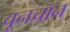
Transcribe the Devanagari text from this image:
चूनचॉन